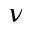
\nu